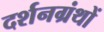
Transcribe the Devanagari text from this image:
दर्शनग्रंथों